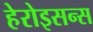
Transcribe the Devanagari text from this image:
हेरोइसन्स